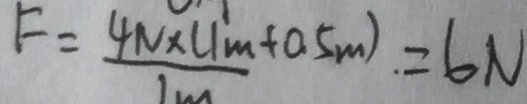
F = \frac { 4 N \times ( 1 m + 0 . 5 m ) } { 1 m } = 6 N